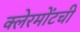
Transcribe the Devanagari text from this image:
क्लेरमोंटची